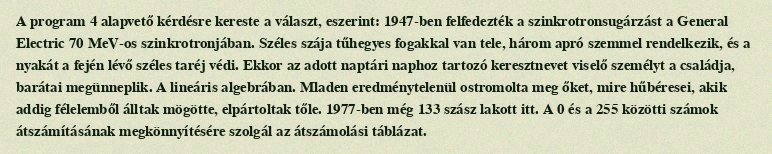
A program 4 alapvető kérdésre kereste a választ, eszerint: 1947-ben felfedezték a szinkrotronsugárzást a General Electric 70 MeV-os szinkrotronjában. Széles szája tűhegyes fogakkal van tele, három apró szemmel rendelkezik, és a nyakát a fején lévő széles taréj védi. Ekkor az adott naptári naphoz tartozó keresztnevet viselő személyt a családja, barátai megünneplik. A lineáris algebrában. Mladen eredménytelenül ostromolta meg őket, mire hűbéresei, akik addig félelemből álltak mögötte, elpártoltak tőle. 1977-ben még 133 szász lakott itt. A 0 és a 255 közötti számok átszámításának megkönnyítésére szolgál az átszámolási táblázat.